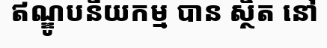
ឥណ្ឌូបនីយកម្ម បាន ស្ថិត នៅ